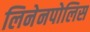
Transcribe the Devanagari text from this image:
लिनेनपोलिस